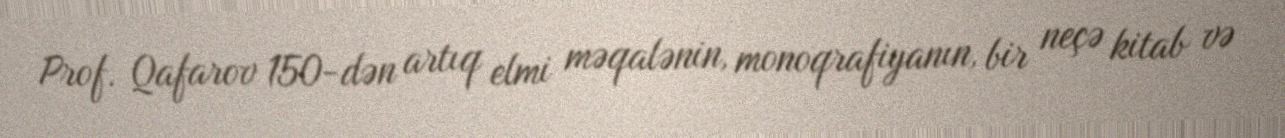
Prof. Qafarov 150-dən artıq elmi məqalənin, monoqrafiyanın, bir neçə kitab və